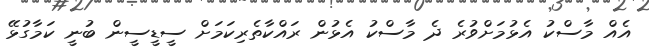
އެއް މާސްކު އެޅުމަށްވުރެ ދެ މާސްކު އެޅުން ރައްކާތެރިކަމަށް ސީޑީސީން ބުނީ ކަމާގުޅޭ